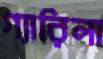
গ্যারিলা